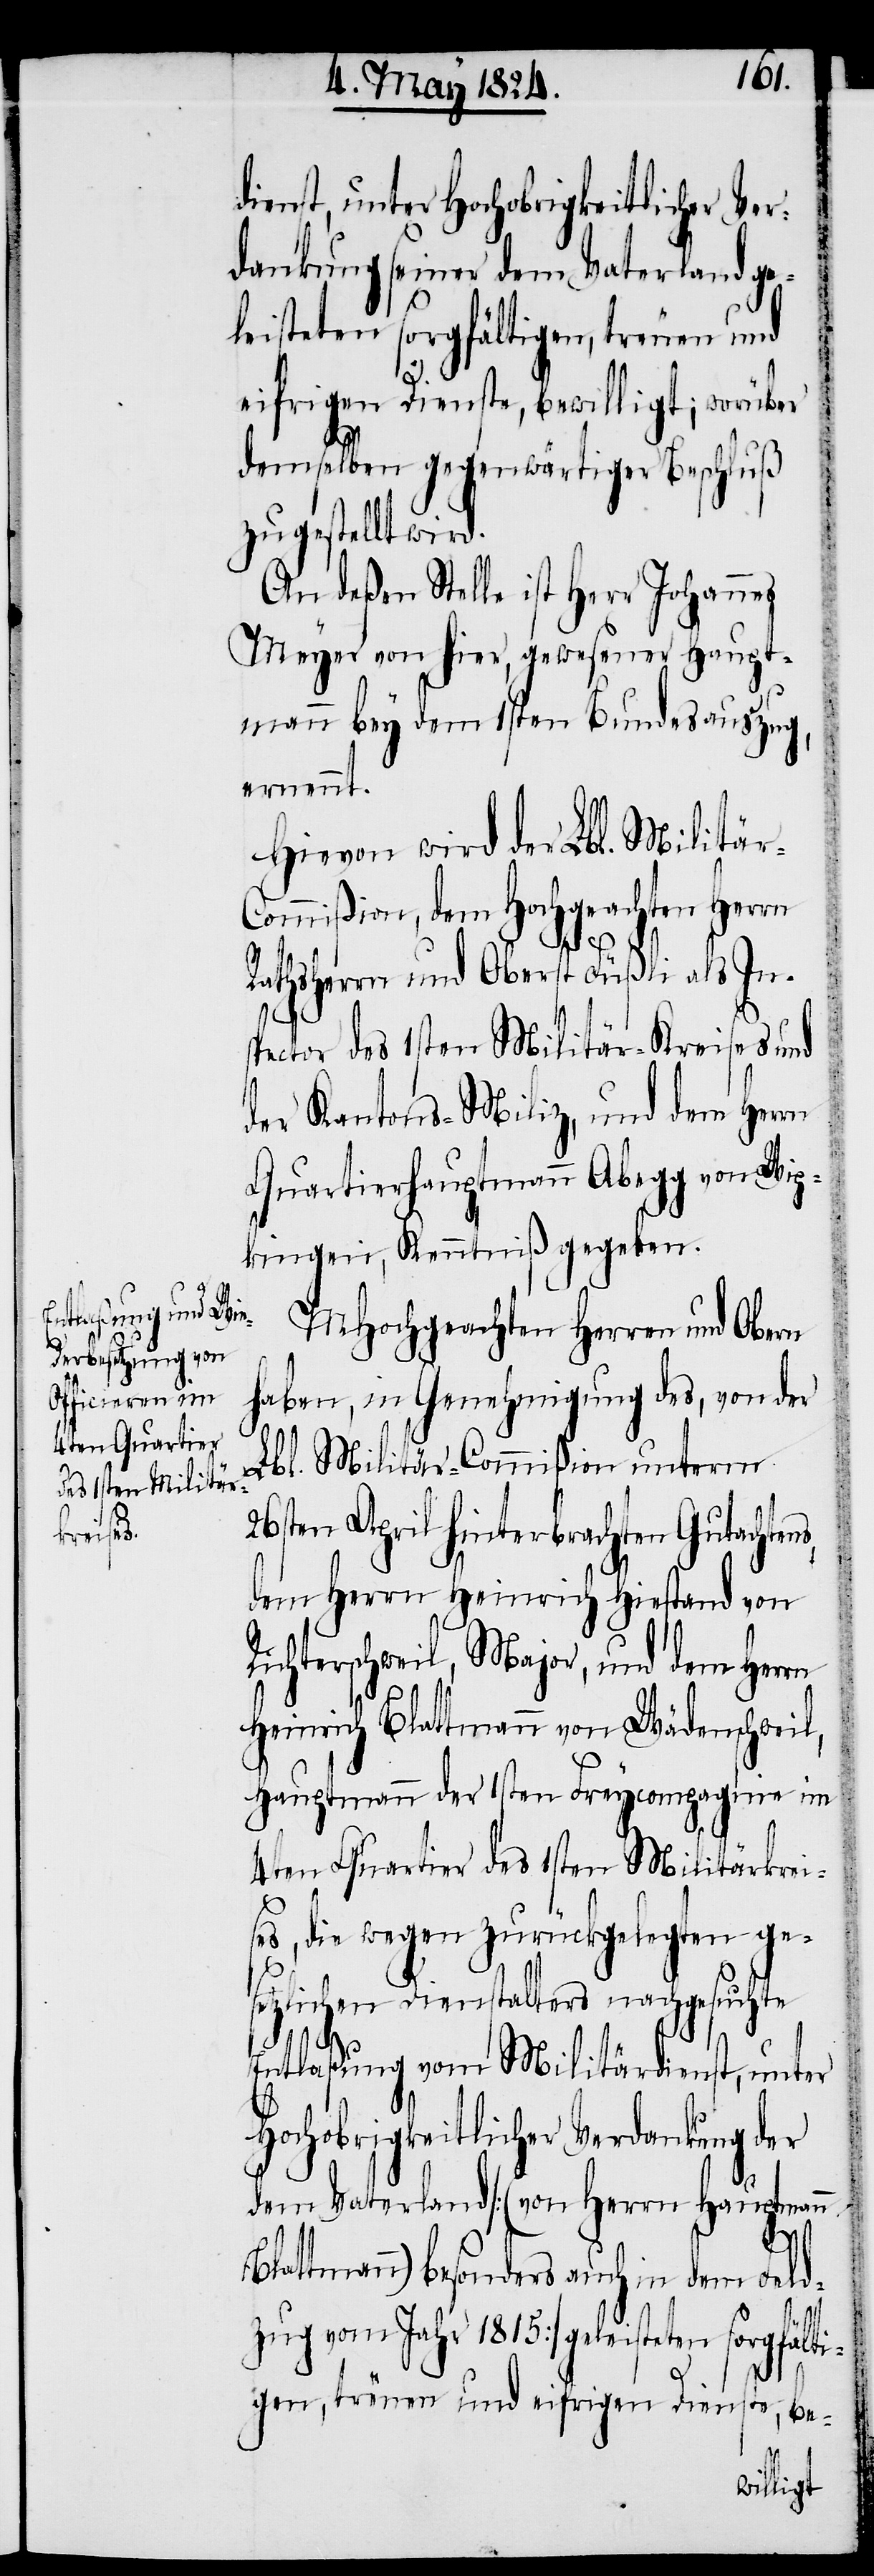
dienst, unter Hochobrigkeitlicher Ver¬
dankung seiner dem Vaterland ge¬
leisteten sorgfältigen, treuen und
eifrigen Dienste, bewilligt; worüber
demselben gegenwärtiger Beschluß
zugestellt wird.
An deßen Stelle ist Herr Johannes
Meyer von hier, gewesener Haupt¬
mann bey dem 1sten Bundesauszug,
ernennt.
Hievon wird der Lbl. Militär-C¬
ommißion, dem Hochgeachten Herrn
Rathsherrn und Oberst Füßli als In¬
spector des 1sten Militär-Kreises und
der Kantons-Miliz, und dem Herrn
Quartierhauptmann Abegg von Wip¬
kingen, Kenntniß gegeben.
MHochgeachten Herren und Obern
haben, in Genehmigung des, von der
Lbl. Militär-Commißion unterm
26sten April hinterbrachten Gutachtens
dem Herrn Heinrich Hiestand von
Richterschweil, Major, und dem Herrn
B¬
Heinrich Blattmann von Wädenschweil,
Hauptmann der 1sten Freycompagnie im
4ten Quartier des 1sten Militärkrei¬
ses, die wegen zurückgelegten ge¬
setzlichen Dienstalters nachgesuchte
Entlaßung vom Militärdienste, unter
Hochobrigkeitlicher Verdankung der
dem Vaterland [(von Herrn Hauptmann
lattmann) besonders auch in dem Feld¬
zug vom Jahr 1815] geleisteten sorgfält¬
igen, treuen und eifrigen Dienste, be-